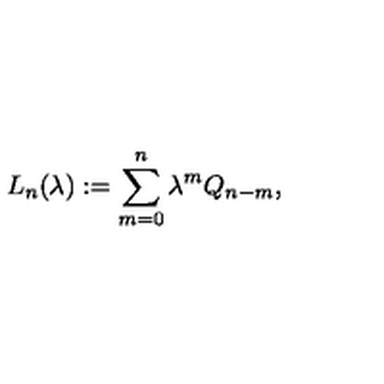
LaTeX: L _ { n } ( \lambda ) : = \sum _ { m = 0 } ^ { n } \lambda ^ { m } Q _ { n - m } ,